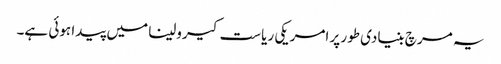
یہ مرچ بنیادی طور پر امریکی ریاست کیرولینا میں پیدا ہوئی ہے۔